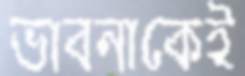
ভাবনাকেই